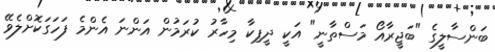
ބަންސާލީގެ "ބަޖީރާއޯ މަސްތާނީ" އަކީ ދީޕިކާ މިހާރު ކުރަމުން އަންނަ އެންމެ ފަހަގަކޮށްލެވޭ